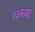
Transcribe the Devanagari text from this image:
१३च्या